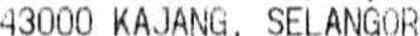
43000 KAJANG, SELANGOR